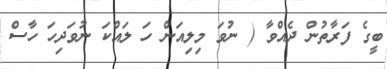
ބީގެ ފަރާތުން ދެއްވާ ( ނުވަ މިލިއަން ހަ ލައްކަ ނުވަދިހަ ހާސް